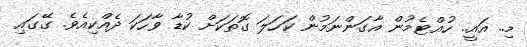
މި.. އައީ.. ހުއްޓެމުން އާގަންނަމުން ކަހަލަ ގޮތަކަށް ކުޑާ ވާހަކަ ދެއްކިއެވެ. ގޭގައި